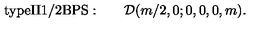
\mathrm { t y p e I I 1 / 2 B P S : } \qquad { \cal D } ( m / 2 , 0 ; 0 , 0 , 0 , m ) .